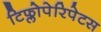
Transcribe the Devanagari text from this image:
टिफ्लोपेरिपेटस